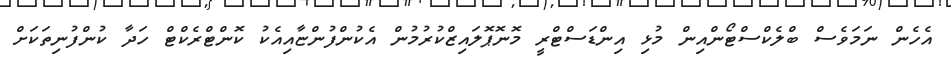
އެހެން ނަމަވެސް ބްލެކްސްޓޯންއިން މުޅި އިންޑަސްޓްރީ މޮނޮޕޮލައިޒްކުރުމުން އެކުންފުންޏާއިއެކު ކޮންޓްރެކްޓް ހަދާ ކުންފުނިތަކަށް